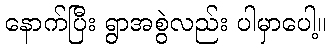
နောက်ပြီး ရွာအစွဲလည်း ပါမှာပေါ့။